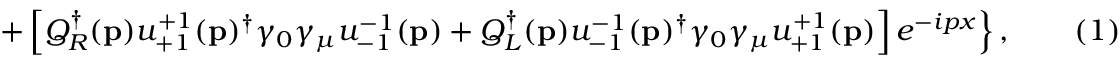
\left. + \left[ Q _ { R } ^ { \dagger } ( \mathbf { p } ) u _ { + 1 } ^ { + 1 } ( \mathbf { p } ) ^ { \dagger } \gamma _ { 0 } \gamma _ { \mu } u _ { - 1 } ^ { - 1 } ( \mathbf { p } ) + Q _ { L } ^ { \dagger } ( \mathbf { p } ) u _ { - 1 } ^ { - 1 } ( \mathbf { p } ) ^ { \dagger } \gamma _ { 0 } \gamma _ { \mu } u _ { + 1 } ^ { + 1 } ( \mathbf { p } ) \right] e ^ { - i p x } \right\} , \quad \quad ( 1 )